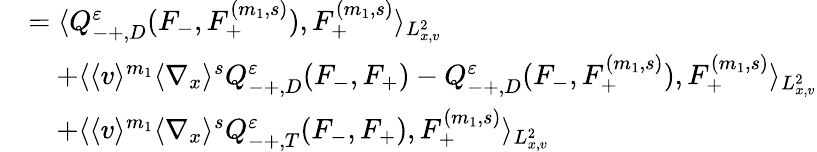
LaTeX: \begin{array}{rl}&{=\langle Q_{-+,D}^{\varepsilon}(F_{-},F_{+}^{(m_{1},s)}),F_{+}^{(m_{1},s)}\rangle_{L_{x,v}^{2}}}\\ &{\quad+\langle\langle v\rangle^{m_{1}}\langle\nabla_{x}\rangle^{s}Q_{-+,D}^{\varepsilon}(F_{-},F_{+})-Q_{-+,D}^{\varepsilon}(F_{-},F_{+}^{(m_{1},s)}),F_{+}^{(m_{1},s)}\rangle_{L_{x,v}^{2}}}\\ &{\quad+\langle\langle v\rangle^{m_{1}}\langle\nabla_{x}\rangle^{s}Q_{-+,T}^{\varepsilon}(F_{-},F_{+}),F_{+}^{(m_{1},s)}\rangle_{L_{x,v}^{2}}}\end{array}